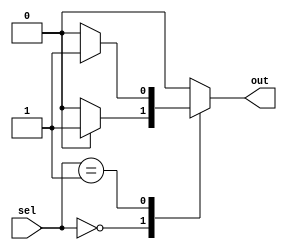
module case_if_else (
    input [1:0] sel,
    output reg out
);

always @(*)
begin
    case(sel)
        2'b00: begin
            // if-else inside case
            if (condition_1)
                out <= 1'b1;
            else
                out <= 1'b0;
        end
        
        2'b01: begin
            // if-else inside case
            if (condition_2)
                out <= 1'b1;
            else
                out <= 1'b0;
        end
        
        default: begin
            // default case
            out <= 1'b0;
        end
    endcase
end

endmodule